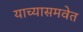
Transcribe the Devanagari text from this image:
याच्यासमवेत